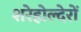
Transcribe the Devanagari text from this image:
शरेहोल्देरों